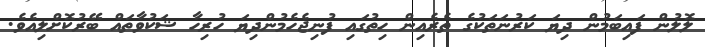
ލޮލުން ފައިބަމުން ދިޔަ ކަރުނަތަކުގެ ތެރެއިން ހިތުގައި ފުނިޖެހެމުންދިޔަ ހުރިހާ ޝަކުވާތައް ބޭރުކޮށްލިއެވެ.